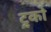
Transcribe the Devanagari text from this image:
ट्रुको